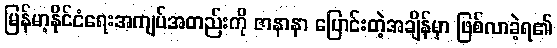
မြန်မာ့နိုင်ငံရေးအကျပ်အတည်းကို ဇာနာနာ ပြောင်းတဲ့အချိန်မှာ ဖြစ်လာခဲ့ရ၏